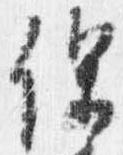
保